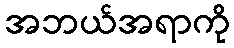
အဘယ်အရာကို